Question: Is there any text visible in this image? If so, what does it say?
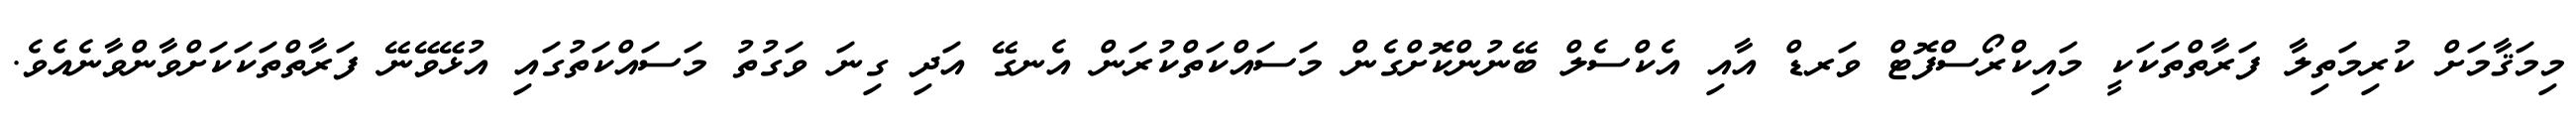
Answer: މިމަޤާމަށް ކުރިމަތިލާ ފަރާތްތަކަކީ މައިކްރޯސްފޮޓް ވަރޑް އާއި އެކްސެލް ބޭނުންކޮށްގެން މަސައްކަތްކުރަން އެނގޭ އަދި ގިނަ ވަގުތު މަސައްކަތުގައި އުޅޭވޭނޭ ފަރާތްތަކަކަށްވާންވާނެއެވެ.